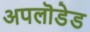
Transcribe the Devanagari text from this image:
अपलॊडेड